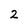
Character: 2